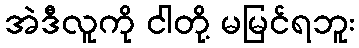
အဲဒီလူကို ငါတို့ မမြင်ရဘူး